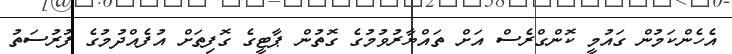
އެހެންކަމުން ގައުމީ ކޮންގްރެސް އަށް ތައްޔާރުވުމުގެ ގޮތުން ޕާޓީގެ ގޮފިތަށް އުފެއްދުމުގެ ފުރުސަތު